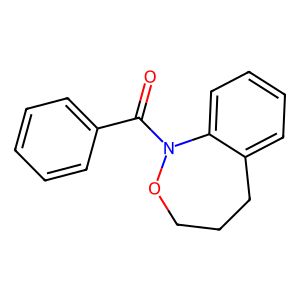
SMILES: O=C(c1ccccc1)N1OCCCc2ccccc21
Inhibits HIV replication: No